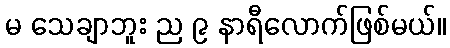
မ သေချာဘူး ည ၉ နာရီလောက်ဖြစ်မယ်။